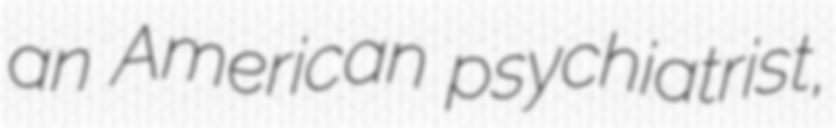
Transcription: an American psychiatrist,